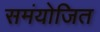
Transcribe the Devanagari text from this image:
समंयोजित